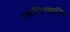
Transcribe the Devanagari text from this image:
स्पाण्डिलाइटिस